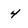
Character: 4